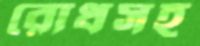
রোধসহ